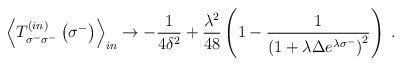
LaTeX: \begin{align*}{\left<T^{\left(in\right)}_{\sigma^-\sigma^-}\left(\sigma^-\right)\right>}_{in}\rightarrow-{1\over{4\delta^2}}+{\lambda^2\over48}\left(1-{1\over{{\left(1+\lambda\Delta e^{\lambda\sigma^-}\right)}^2}}\right)\;.\end{align*}